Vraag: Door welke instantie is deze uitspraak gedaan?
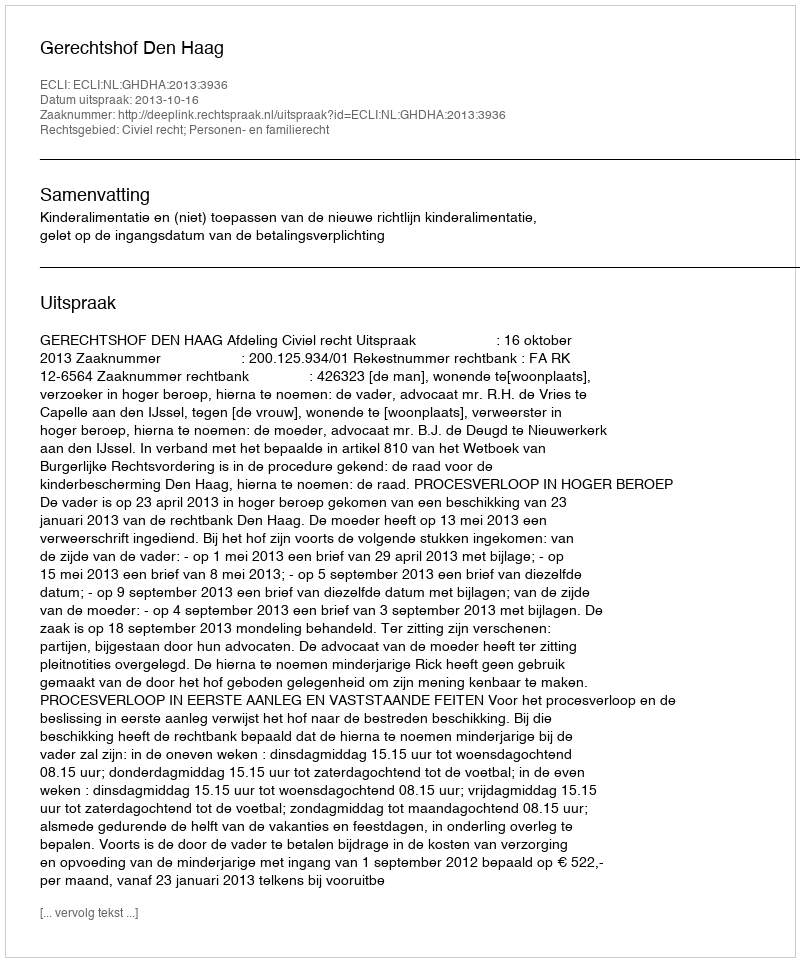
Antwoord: Gerechtshof Den Haag